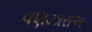
વણઝારાએ